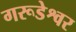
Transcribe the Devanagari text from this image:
गरूडेश्वर